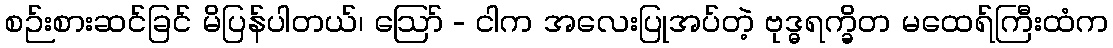
စဉ်းစားဆင်ခြင် မိပြန်ပါတယ်၊ ဪ - ငါက အလေးပြုအပ်တဲ့ ဗုဒ္ဓရက္ခိတ မထေရ်ကြီးထံက